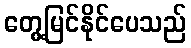
တွေ့မြင်နိုင်ပေသည်